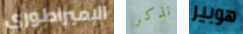
الإمبراطوري نذكر هوبير